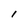
Character: I